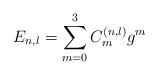
LaTeX: \begin{align*}E_{n,l}=\sum_{m=0}^{3}C_{m}^{\left( n,l\right) }g^{m} \end{align*}